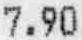
7.90